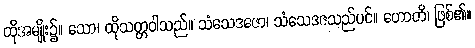
ထိုအမျိုး၌။ သော၊ ထိုသတ္တဝါသည်။ သံသေဒဇော၊ သံသေဒဇသည်ပင်။ ဟောတိ၊ ဖြစ်၏။